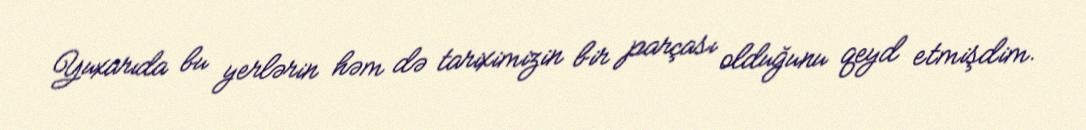
Yuxarıda bu yerlərin həm də tariximizin bir parçası olduğunu qeyd etmişdim.